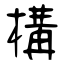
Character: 構